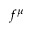
f ^ { \mu }